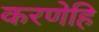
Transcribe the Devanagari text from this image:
करणेहि